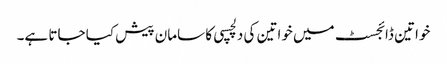
خواتین ڈائجسٹ میں خواتین کی دلچسپی کا سامان پیش کیا جاتا ہے۔